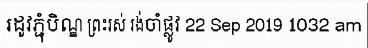
រដូវភ្ជុំបិណ្ឌ ព្រះរស់ រង់ចាំផ្លូវ 22 Sep 2019 1032 am